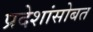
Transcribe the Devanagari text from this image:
प्रदेशांसोबत